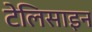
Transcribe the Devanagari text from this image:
टेलिसाइन